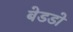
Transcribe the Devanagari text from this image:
बेडडो